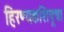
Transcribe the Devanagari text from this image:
हिरण्यकशिपूचा